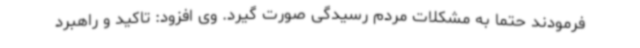
فرمودند حتما به مشکلات مردم رسیدگی صورت گیرد. وی افزود: تاکید و راهبرد